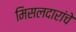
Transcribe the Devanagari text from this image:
मिसलदारांचे